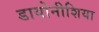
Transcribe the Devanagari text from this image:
डायोनीशिया